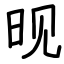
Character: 𬀪